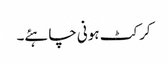
کرکٹ ہونی چاہئے۔